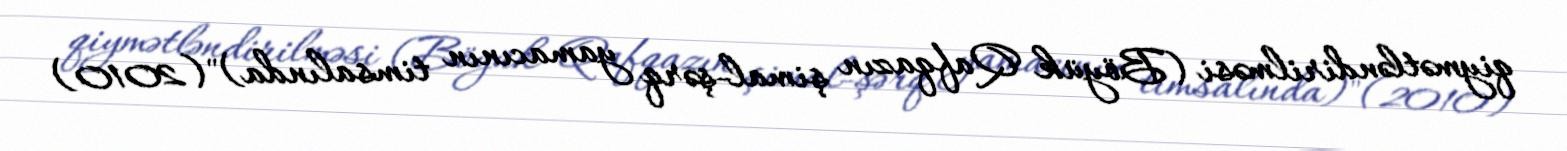
qiymətləndirilməsi (Böyük Qafqazın şimal-şərq yamacının timsalında)"(2010)